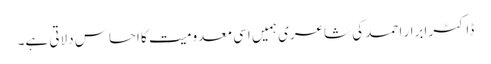
ڈاکٹر ابرار احمد کی شاعری ہمیں اسی معدومیت کا احساس دلاتی ہے۔